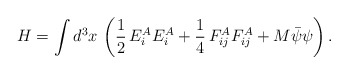
\begin{align*}H=\int d^3x\,\left(\frac{1}{2}\,E_i^AE_i^A+\frac{1}{4}\,F_{ij}^AF_{ij}^A+M\bar{\psi }\psi \right).\end{align*}